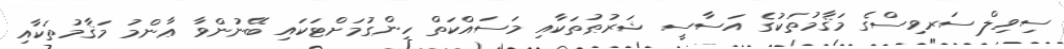
ސިވިލް ސަރވިސްގެ މަޤާމުތަކުގެ އަސާސީ ޝަރުޠުތަކާއި މަސައްކަތް ހިންގުމަށްޓަކައި ބޭނުންވާ ޢާންމު މަޤާމުތަކާއި